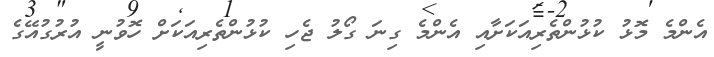
އެންމެ މޮޅު ކުޅުންތެރިއަކަށާއި އެންމެ ގިނަ ގޯލު ޖެހި ކުޅުންތެރިއަކަށް ހޮވުނީ އުރުގުއޭގެ